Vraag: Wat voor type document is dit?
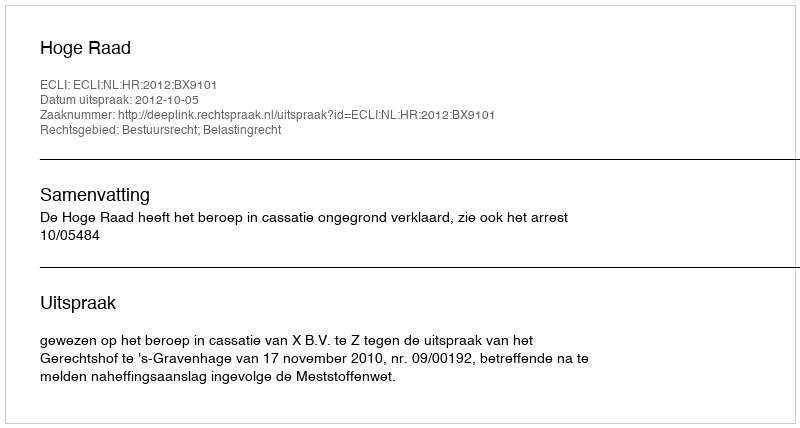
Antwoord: Uitspraak